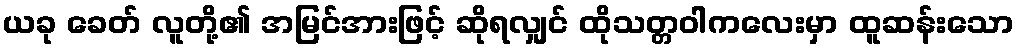
ယခု ခေတ် လူတို့၏ အမြင်အားဖြင့် ဆိုရလျှင် ထိုသတ္တဝါကလေးမှာ ထူဆန်းသော